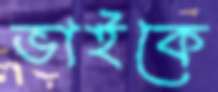
ভাইকে